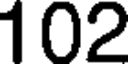
102